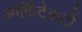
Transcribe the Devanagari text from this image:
आर्किटेकटों